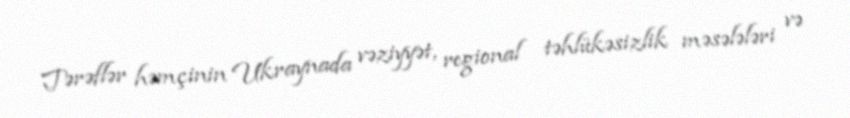
Tərəflər həmçinin Ukraynada vəziyyət, regional təhlükəsizlik məsələləri və